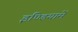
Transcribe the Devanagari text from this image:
इण्डियामें